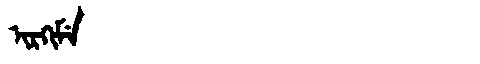
Manchu: ᡳᡵᡴᡳᠮᡝ
Romanization: IRKIME